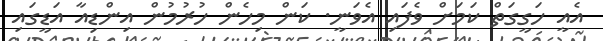
އެއީ ހަގީގަތް ކަމަށް ވެފައި އެވަނީ. ކަން މިހެން ހުރުމުން އިންޑިއާ އަޑީގައި